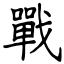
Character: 戰